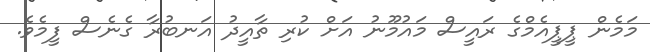
މަމެން ޕީޕީއެމްގެ ރައީސް މައުމޫނު އަށް ކުރި ތާއީދު އަނބުރާ ގެނެސް ފީމެވެ.